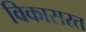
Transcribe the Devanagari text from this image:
विकासरत